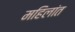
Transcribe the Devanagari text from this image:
महिलांत